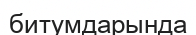
битумдарында